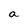
Character: a